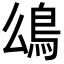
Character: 𩾮